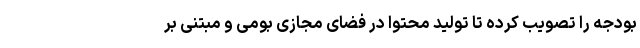
بودجه را تصویب کرده تا تولید محتوا در فضای مجازی بومی و مبتنی بر